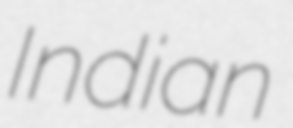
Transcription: Indian